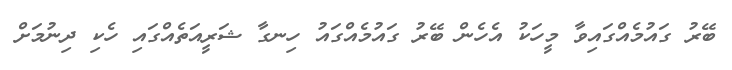
ބޭރު ގައުމެއްގައިވާ މީހަކު އެހެން ބޭރު ގައުމެއްގައު ހިނގާ ޝަރީއަތެއްގައި ހެކި ދިނުމަށް